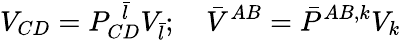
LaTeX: V_{CD}=P_{CD}^{\ \ \bar{l}}V_{\bar{l}};\quad\bar{V}^{AB}=\bar{P}^{AB,k}V_{k}